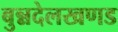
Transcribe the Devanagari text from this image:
बुन्नदेलखणड